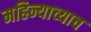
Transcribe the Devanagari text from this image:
महिन्याच्याच